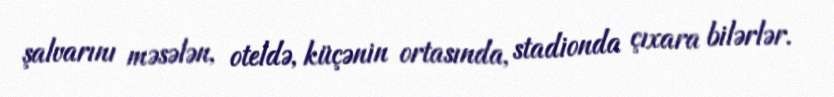
şalvarını məsələn, oteldə, küçənin ortasında, stadionda çıxara bilərlər.